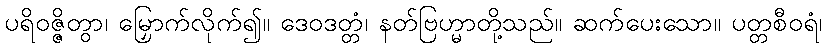
ပရိဝဇ္ဇိတွာ၊ မြှောက်လိုက်၍။ ဒေဝဒတ္တံ၊ နတ်ဗြဟ္မာတို့သည်။ ဆက်ပေးသော။ ပတ္တစီဝရံ၊